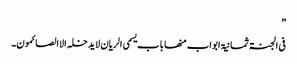
”
فی الجنۃ ثمانیۃ ابواب منھا باب یسمی الریان لایدخلہ الاالصائمون۔